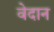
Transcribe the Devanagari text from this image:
वेदान